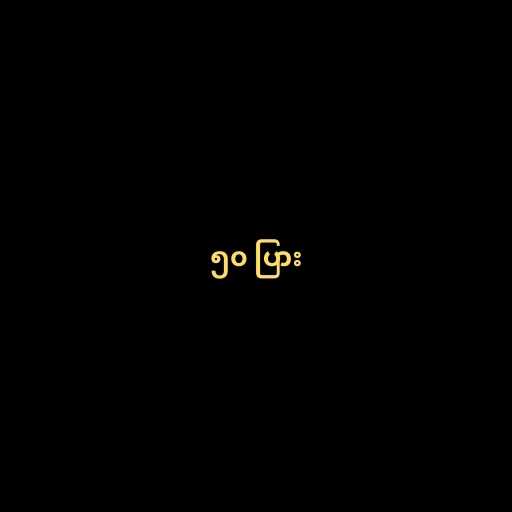
၅၀ ပြား